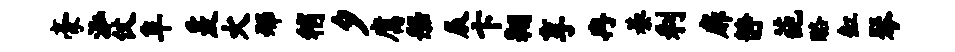
豪泓仗阜爰火邢稍夕腐船辰卞翱享冉綦利扉静葩酪缸琴